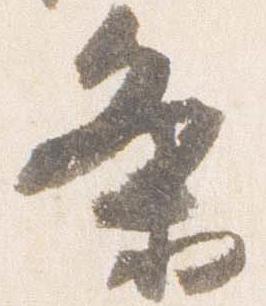
条